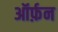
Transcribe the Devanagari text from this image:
ऑर्फ़न